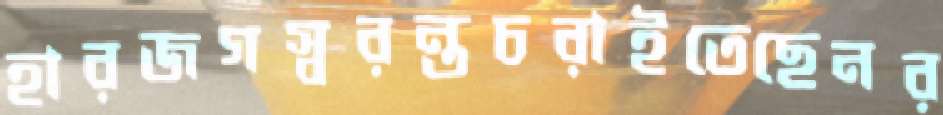
হারজগস্বরন্তচরাইতেছেনর